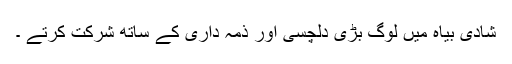
شادی بیاہ میں لوگ بڑی دلچسی اور ذمہ داری کے ساتھ شرکت کرتے ۔